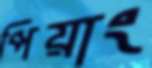
পিয়াং